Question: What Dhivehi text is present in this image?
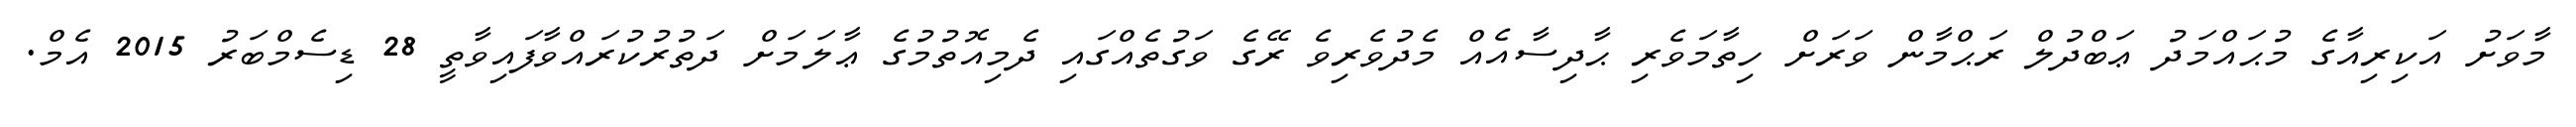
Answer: މާވަށު އަކިރިއާގެ މުޙައްމަދު ޢަބްދުލް ރަޙްމާން ވަރަށް ހިތާމަވެރި ޙާދިސާއެއް މެދުވެރިވެ ރޭގެ ވަގުތެއްގައި ދެމިއޮތުމުގެ ޢާލަމަށް ދަތުރުކުރައްވާފައިވާތީ 28 ޑިސެމްބަރު 2015 އެމް.